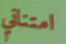
امتناني